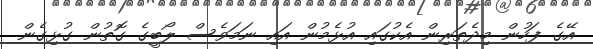
އޭގެ ފަހުން މިދެތަރިން އެކުގައި އުޅެމުން އައި ނަމަވެސް ލޯބީގެ ގޮތުން ގުޅިގެން